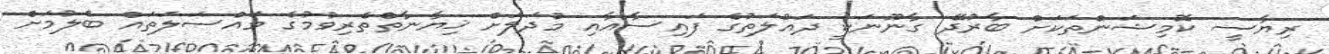
ރިޔާސީ ކޮމިޝަންތަކަށް ބާރުދޭ ގާނޫނަކީ ދައުލަތުގެ ފައިސާއާއި މުދަލަށް ޚިޔާނާތްތެރިވުމުގެ މައްސަލަތައް ބެލުމަށް